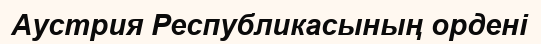
Аустрия Республикасының ордені